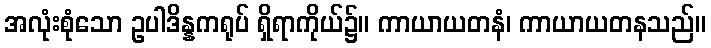
အလုံးစုံသော ဥပါဒိန္နကရုပ် ရှိရာကိုယ်၌။ ကာယာယတနံ၊ ကာယာယတနသည်။